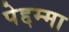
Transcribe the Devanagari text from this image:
पेद्दम्मा